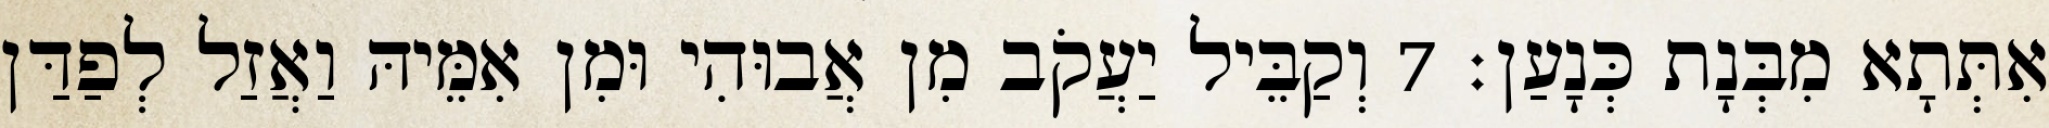
אִתְּתָא מִבְּנָת כְּנָעַן׃ 7 וְקַבֵּיל יַעֲקֹב מִן אֲבוּהִי וּמִן אִמֵּיהּ וַאֲזַל לְפַדַּן